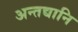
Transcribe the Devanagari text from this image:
अन्तद्यानि